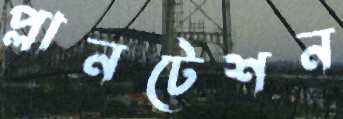
প্লানটেশন